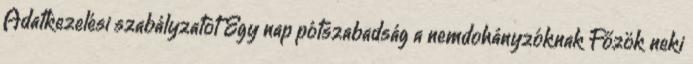
Adatkezelési szabályzatot Egy nap pótszabadság a nemdohányzóknak Főzök neki